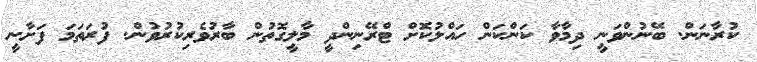
ކުރާނަން. ބޭނުންވަނީ ދިމާވާ ކަންކަން ހައްލުކޮށް ޓްރޭނިންދީ މާލީގޮތުން ބާރުވެރިކުރުވުން. ފުރަތަމަ ފަށާނީ